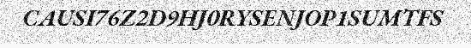
CAUSI76Z2D9HJ0RYSENJOP1SUMTFS